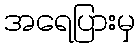
အရေပြားမှ